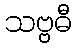
သဗ္ဗဓီ